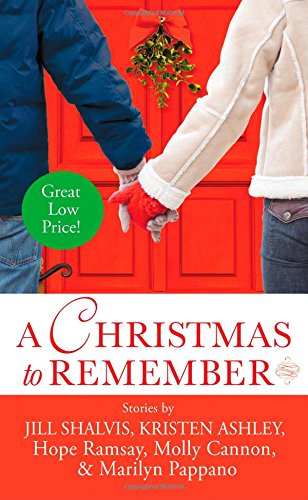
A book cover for A Christmas to Remember; Jill Shalvis; Romance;